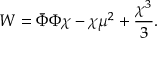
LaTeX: W = \bar { \Phi } \Phi \chi - \chi \mu ^ { 2 } + { \frac { \chi ^ { 3 } } { 3 } } .